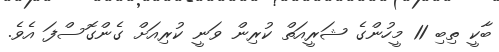
ބާކީ ތިބި 11 މީހުންގެ ޝަރީއަތް ކުރިން ވަނީ ކުރިއަށް ގެންގޮސްފަ އެވެ.